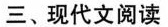
三、现代文阅读